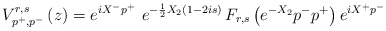
\begin{align*}V_{p^{+},p^{-}}^{r,s}\left( z\right) =e^{iX^{-}p^{+}}\,\,e^{-\frac12X_2\left( 1-2is\right) }\,F_{r,s}\left( e^{-X_2}p^{-}p^{+}\right)e^{iX^{+}p^{-}} \end{align*}